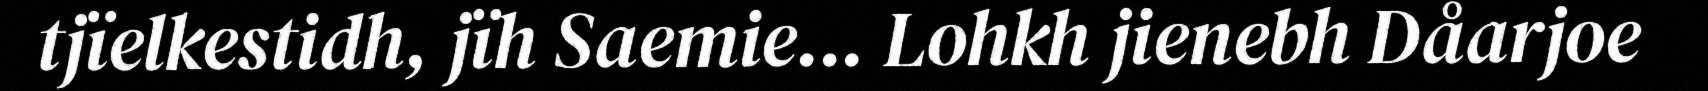
tjïelkestidh, jïh Saemie... Lohkh jienebh Dåarjoe